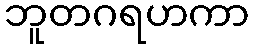
ဘူတဂရဟကာ